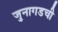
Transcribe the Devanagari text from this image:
जुनागडची